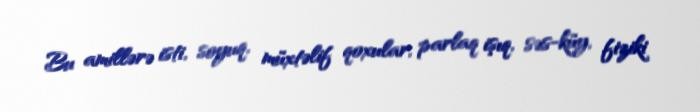
Bu amillərə isti, soyuq, müxtəlif qoxular, parlaq işıq, səs-küy, fiziki